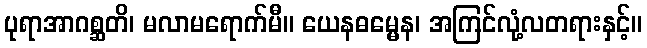
ပုရာအာဂစ္ဆတိ၊ မလာမရောက်မီ။ ယေနဓမ္မေန၊ အကြင်လုံ့လတရားနှင့်။